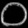
Digit: ၀